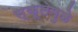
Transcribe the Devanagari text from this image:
स्कूलमुळे